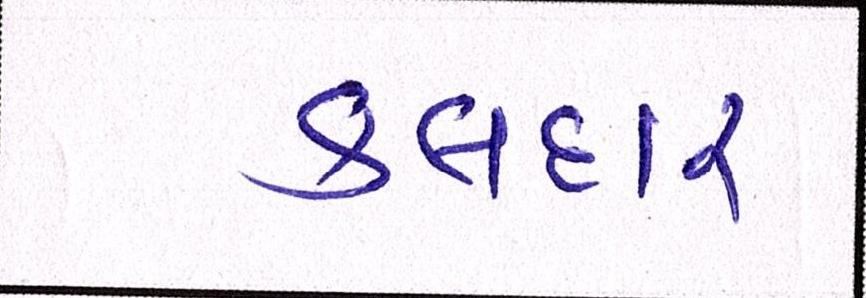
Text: કલદાર